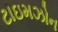
ટાઇમઝોન